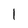
Character: 1